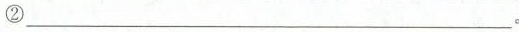
②___。